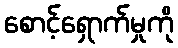
စောင့်ရှောက်မှုကို